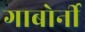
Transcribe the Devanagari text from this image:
गाबोर्नी